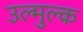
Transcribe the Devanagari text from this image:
उल्मुल्क